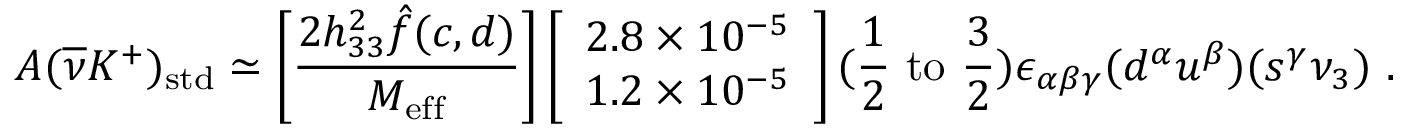
A ( \overline { { { \nu } } } K ^ { + } ) _ { \mathrm { s t d } } \simeq \left[ \frac { 2 h _ { 3 3 } ^ { 2 } \hat { f } ( c , d ) } { M _ { \mathrm { e f f } } } \right] \left[ \begin{array} { l } { { 2 . 8 \times 1 0 ^ { - 5 } } } \\ { { 1 . 2 \times 1 0 ^ { - 5 } } } \end{array} \right] ( { \frac { 1 } { 2 } } ~ \mathrm { t o } ~ { \frac { 3 } { 2 } } ) \epsilon _ { \alpha \beta \gamma } ( d ^ { \alpha } u ^ { \beta } ) ( s ^ { \gamma } \nu _ { 3 } ) ~ .